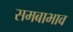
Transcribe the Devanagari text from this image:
समबाभाव